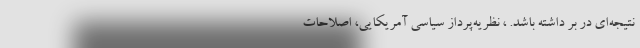
نتیجه‌ای در بر داشته باشد. ، نظریه‌پرداز سیاسی آمریکایی، اصلاحات